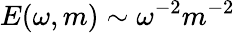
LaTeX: E(\omega,m)\sim\omega^{-2}m^{-2}